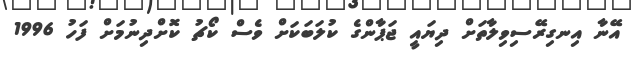
އޭނާ އިނގިރޭސިވިލާތަށް ދިޔައީ ޖަޕާންގެ ކުލަބަކަށް ވެސް ކޯޗު ކޮށްދިނުމަށް ފަހު 1996